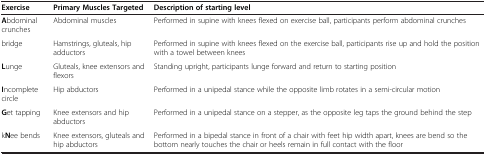
<table><thead><tr><td><b>Exercise</b></td><td><b>Primary Muscles Targeted</b></td><td><b>Description of starting level</b></td></tr></thead><tbody><tr><td><b>A</b>bdominal crunches</td><td>Abdominal muscles</td><td>Performed in supine with knees flexed on exercise ball, participants perform abdominal crunches</td></tr><tr><td>bridge</td><td>Hamstrings, gluteals, hip adductors</td><td>Performed in supine with knees flexed on the exercise ball, participants rise up and hold the position with a towel between knees</td></tr><tr><td><b>L</b>unge</td><td>Gluteals, knee extensors and flexors</td><td>Standing upright, participants lunge forward and return to starting position</td></tr><tr><td><b>I</b>ncomplete circle</td><td>Hip abductors</td><td>Performed in a unipedal stance while the opposite limb rotates in a semi-circular motion</td></tr><tr><td><b>G</b>et tapping</td><td>Knee extensors and hip abductors</td><td>Performed in a unipedal stance on a stepper, as the opposite leg taps the ground behind the step</td></tr><tr><td>k<b>N</b>ee bends</td><td>Knee extensors, gluteals and hip abductors</td><td>Performed in a bipedal stance in front of a chair with feet hip width apart, knees are bend so the bottom nearly touches the chair or heels remain in full contact with the floor</td></tr></tbody></table>